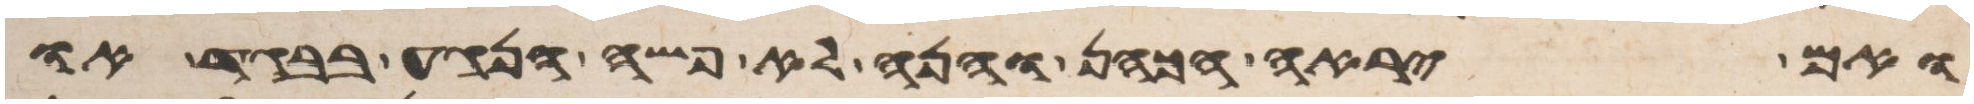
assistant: ואם יראה הכהן והנה לא פשה הנגע בבגד או